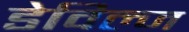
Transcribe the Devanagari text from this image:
डेविल्ज